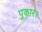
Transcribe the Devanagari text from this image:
पुकार।